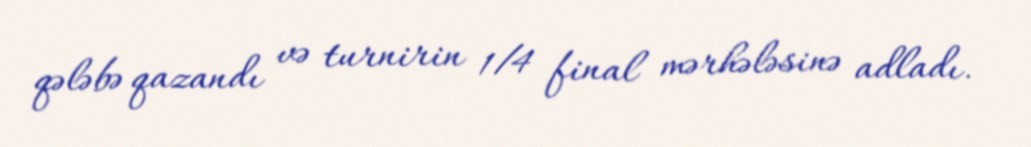
qələbə qazandı və turnirin 1/4 final mərhələsinə adladı.